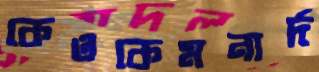
কেওকেমনার্দ